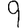
Digit: 9